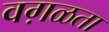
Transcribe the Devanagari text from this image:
वग़ळता